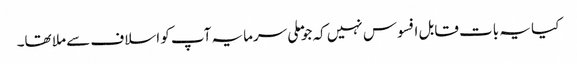
کیا یہ بات قابل افسوس نہیں کہ جو ملی سرمایہ آپ کو اسلاف سے ملا تھا۔